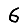
Digit: 6